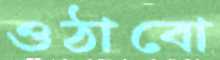
ওঠাবো